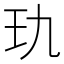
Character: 𰡭